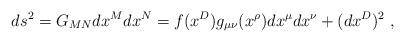
LaTeX: \begin{align*}ds^2=G_{MN}dx^M dx^N=f(x^D)g_{\mu\nu}(x^\rho)dx^\mu dx^\nu + (dx^D)^2 \; ,\end{align*}